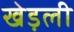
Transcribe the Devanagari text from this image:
खेड़ली